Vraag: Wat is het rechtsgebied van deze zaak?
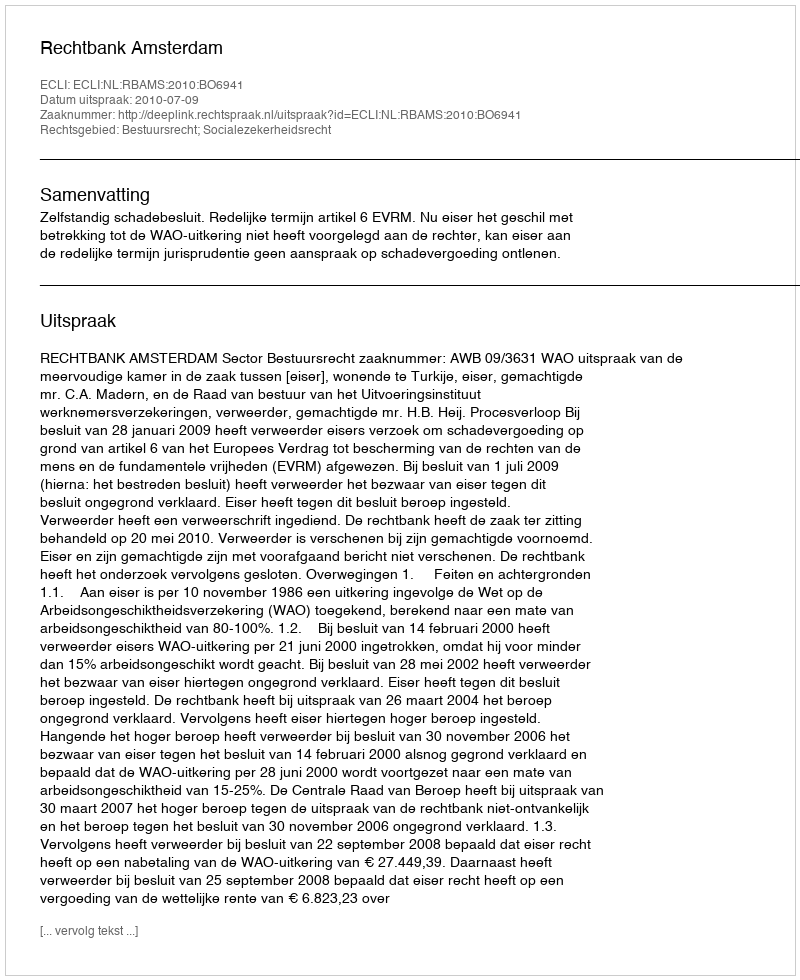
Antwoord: Bestuursrecht; Socialezekerheidsrecht